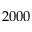
2 0 0 0